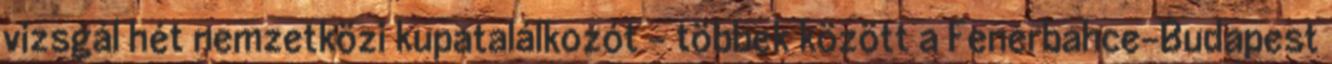
vizsgál hét nemzetközi kupatalálkozót - többek között a Fenerbahce-Budapest